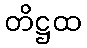
တိဋ္ဌထ